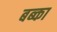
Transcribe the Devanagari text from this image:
बब्का